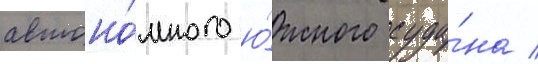
автоно́много ю́жного суда́на /